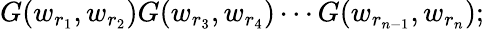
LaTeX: G(w_{r_{1}},w_{r_{2}})G(w_{r_{3}},w_{r_{4}})\cdots G(w_{r_{n-1}},w_{r_{n}});